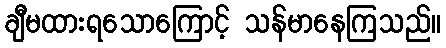
ချီမထားရသောကြောင့် သန်မာနေကြသည်။